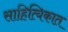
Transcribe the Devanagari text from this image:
साहित्यिकात